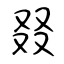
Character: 叕